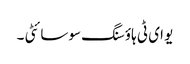
یو ای ٹی ہاؤسنگ سوسائٹی ۔